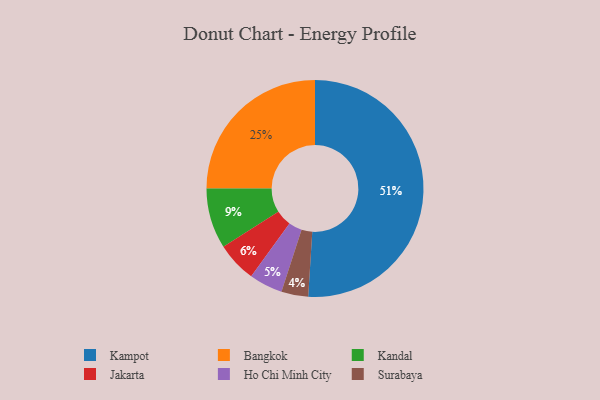
{"axis": {"x": "Category", "y": "Percentage"}, "legend": ["Bangkok", "Ho Chi Minh City", "Jakarta", "Kampot", "Kandal", "Surabaya"], "data": [{"x": "Bangkok", "y": 25, "type": "Bangkok"}, {"x": "Surabaya", "y": 4, "type": "Surabaya"}, {"x": "Ho Chi Minh City", "y": 5, "type": "Ho Chi Minh City"}, {"x": "Kandal", "y": 9, "type": "Kandal"}, {"x": "Jakarta", "y": 6, "type": "Jakarta"}, {"x": "Kampot", "y": 51, "type": "Kampot"}]}